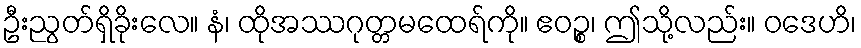
ဦးညွတ်ရှိခိုးလေ။ နံ၊ ထိုအဿဂုတ္တမထေရ်ကို။ ဧဝဉ္စ၊ ဤသို့လည်း။ ဝဒေဟိ၊